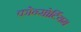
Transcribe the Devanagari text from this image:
कोन्सोर्टियम